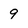
Character: 9